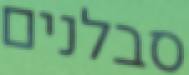
סבלנים